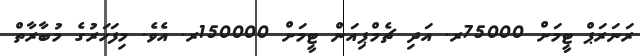
ރަނަރަޕް ޓީމަށް 75000ރ. އަދި ޗެމްޕިއަން ޓީމަށް 150000ރ. އެވެ. މިފަހަރުގެ މުބާރާތް